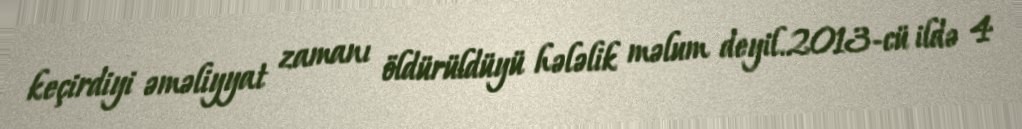
keçirdiyi əməliyyat zamanı öldürüldüyü hələlik məlum deyil.2013-cü ildə 4